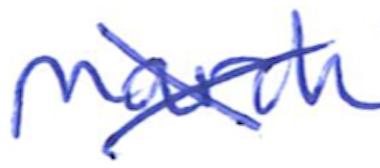
Text: March
Cross-out: cross
Writing tool: ballpoint